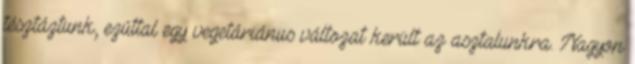
tésztáztunk, ezúttal egy vegetáriánus változat került az asztalunkra. Nagyon